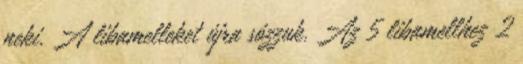
neki. A libamelleket újra sózzuk. Az 5 libamellhez 2